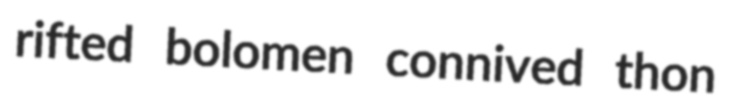
rifted bolomen connived thon